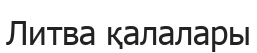
Литва қалалары